Report of the Indian Hemp Drugs Commission, 1894-1895 - Volume IV
Year: 1894
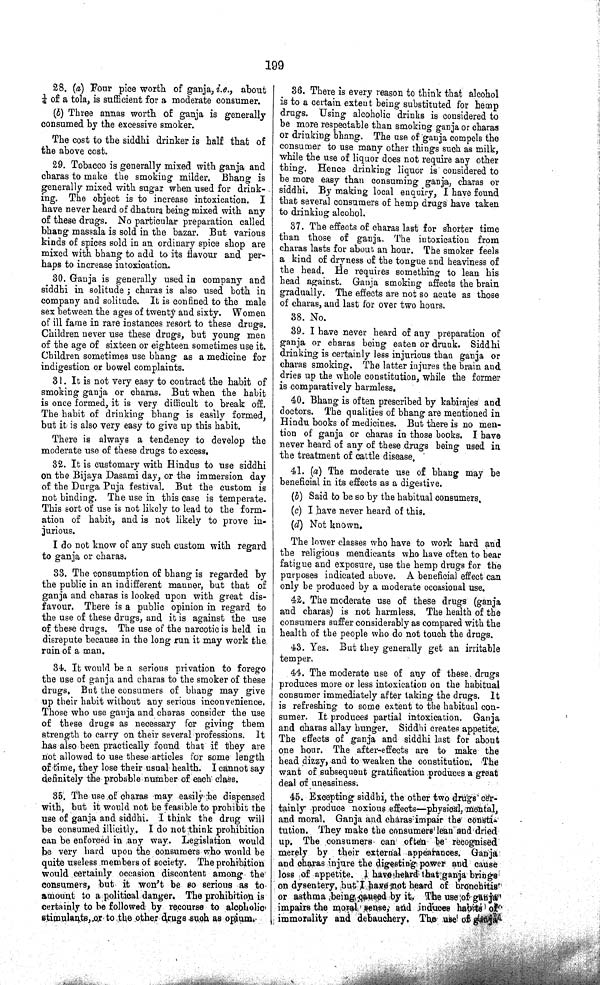
199
28. (a) Four pice worth of ganja, i.e., about
1/4 of a tola, is sufficient for a moderate consumer.
(b) Three annas worth of ganja is generally
consumed by the excessive smoker.
The cost to the siddhi drinker is half that of
the above cost.
29. Tobacco is generally mixed with ganja and
charas to make the smoking milder. Bhang is
generally mixed with sugar when used for drink-
ing. The object is to increase intoxication. I
have never heard of dhatura being mixed with any
of these drugs. No particular preparation called
bhang massala is sold in the bazar. But various
kinds of spices sold in an ordinary spice shop are
mixed with bhang to add to its flavour and per-
haps to increase intoxication.
30. Ganja is generally used in company and
siddhi in solitude; charas is also used both in
company and solitude. It is confined to the male
sex between the ages of twenty and sixty. Women
of ill fame in rare instances resort to these drugs.
Children never use these drugs, but young men
of the age of sixteen or eighteen sometimes use it.
Children sometimes use bhang as a medicine for
indigestion or bowel complaints.
31. It is not very easy to contract the habit of
smoking ganja or charas. But when the habit
is once formed, it is very difficult to break off.
The habit of drinking bhang is easily formed,
but it is also very easy to give up this habit.
There is always a tendency to develop the
moderate use of these drugs to excess.
32. It is customary with Hindus to use siddhi
on the Bijaya Dasami day, or the immersion day
of the Durga Puja festival. But the custom is
not binding. The use in this case is temperate.
This sort of use is not likely to lead to the form-
ation of habit, and is not likely to prove in-
jurious.
I do not know of any such custom with regard
to ganja or charas.
33. The consumption of bhang is regarded by
the public in an indifferent manner, but that of
ganja and charas is looked upon with great dis-
favour. There is a public opinion in regard to
the use of these drugs, and it is against the use
of these drugs. The use of the narcotic is held in
disrepute because in the long run it may work the
ruin of a man.
34. It would be a serious privation to forego
the use of ganja and charas to the smoker of these
drugs. But the consumers of bhang may give
up their habit without any serious inconvenience.
Those who use ganja and charas consider the use
of these drugs as necessary for giving them
strength to carry on their several professions. It
has also been practically found that if they are
not allowed to use these articles for some length
of time, they lose their usual health. I cannot say
definitely the probable number of each class.
35.The use of charas may easily be dispensed
with, but it would not be feasible to prohibit the
use of ganja and siddhi. I think the drug will
be consumed illicitly. I do not think prohibition
can be enforced in any way. Legislation would
be very hard upon the consumers who would be
quite useless members of society. The prohibition
would certainly occasion discontent among the
consumers, but it won't be so serious as to
amount to a political danger. The prohibition is
certainly to be followed by recourse to alcoholic
stimulants, or to the other drugs such as opium.
36. There is every reason to think that alcohol
is to a certain extent being substituted for hemp
drugs. Using alcoholic drinks is considered to
be more respectable than smoking ganja or charas
or drinking bhang. The use of ganja compels the
consumer to use many other things such as milk,
while the use of liquor does not require any other
thing. Hence drinking liquor is considered to
be more easy than consuming ganja, charas or
siddhi. By making local enquiry, I have found
that several consumers of hemp drugs have taken
to drinking alcohol.
37. The effects of charas last for shorter time
than those of ganja. The intoxication from
charas lasts for about an hour. The smoker feels
a kind of dryness of the tongue and heaviness of
the head. He requires something to lean his
head against. Ganja smoking affects the brain
gradually. The effects are not so acute as those
of charas, and last for over two hours.
38. No.
39. I have never heard of any preparation of
ganja or charas being eaten or drunk. Siddhi
drinking is certainly less injurious than ganja or
charas smoking. The latter injures the brain and
dries up the whole constitution, while the former
is comparatively harmless.
40. Bhang is often prescribed by kabirajes and
doctors. The qualities of bhang are mentioned in
Hindu books of medicines. But there is no men-
tion of ganja or charas in those books. I have
never heard of any of these drugs being used in
the treatment of cattle disease.
41. (a) The moderate use of bhang may be
beneficial in its effects as a digestive.
(b) Said to be so by the habitual consumers.
(c) I have never heard of this.
(d) Not known.
The lower classes who have to work hard and
the religious mendicants who have often to bear
fatigue and exposure, use the hemp drugs for the
purposes indicated above. A beneficial effect can
only be produced by a moderate occasional use.
42. The moderate use of these drugs (ganja
and charas) is not harmless. The health of the
consumers suffer considerably as compared with the
health of the people who do not touch the drugs.
43. Yes. But they generally get an irritable
temper.
44. The moderate use of any of these drugs
produces more or less intoxication on the habitual
consumer immediately after taking the drugs. It
is refreshing to some extent to the habitual con-
sumer. It produces partial intoxication. Ganja
and charas allay hunger. Siddhi creates appetite.
The effects of ganja and siddhi last for about
one hour. The after-effects are to make the
head dizzy, and to weaken the constitution. The
want of subsequent gratification produces a great
deal of uneasiness.
45. Excepting siddhi, the other two drugs cer-
tainly produce noxious effects—physical, mental,
and moral. Ganja and charas impair the consti-
tution. They make the consumers lean and dried
up. The consumers can often be recognised
merely by their external appearances. Ganja
and charas injure the digesting power and cause
loss of appetite. I have heard that ganja brings
on dysentery, but I have not heard of bronchitis
or asthma being caused by it. The use of ganja
impairs the moral sense, and induces habits of
immorality and debauchery. The use of ganja